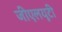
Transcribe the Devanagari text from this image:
जीएलयूटी